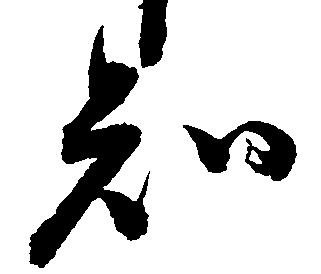
知